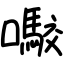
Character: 㘐